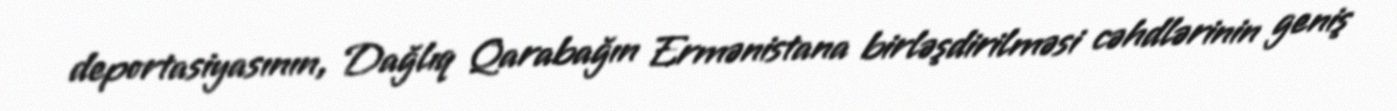
deportasiyasının, Dağlıq Qarabağın Ermənistana birləşdirilməsi cəhdlərinin geniş